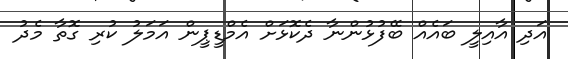
އަދި އާއިލީ ބައެއް ބޭފުޅުންނާ ދެކޮޅަށް އެމްޑީޕީން އަމަލު ކުރި ގޮތާ މެދު